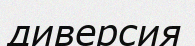
диверсия